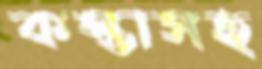
কস্তাসহ